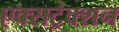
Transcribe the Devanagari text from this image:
एक्सट्रेक्शन